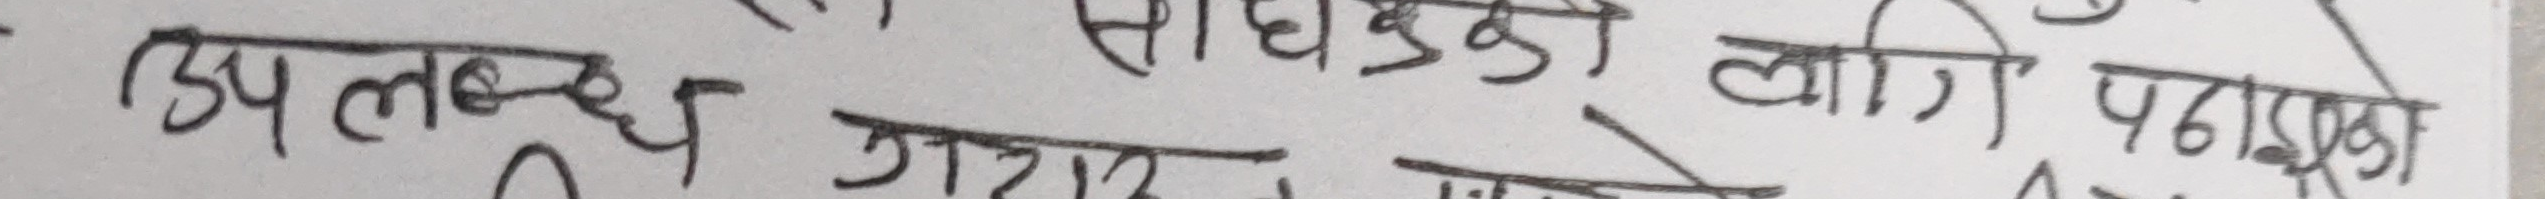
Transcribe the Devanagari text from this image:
उपलब्ध गराइएको साधुको लागि पढाएका